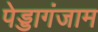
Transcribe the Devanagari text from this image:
पेड्डागंजाम